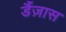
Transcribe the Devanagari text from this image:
डैंज़ास